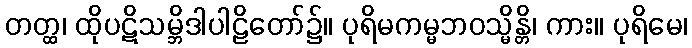
တတ္ထ၊ ထိုပဋိသမ္ဘိဒါပါဠိတော်၌။ ပုရိမကမ္မဘဝသ္မိန္တိ၊ ကား။ ပုရိမေ၊